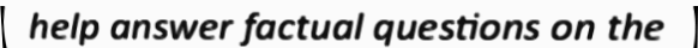
help answer factual questions on the